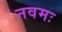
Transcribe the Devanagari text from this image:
नवमः